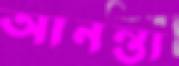
আনন্ত্য